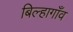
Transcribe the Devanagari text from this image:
बिल्हागाँव